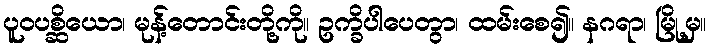
ပူဝပစ္ဆိယော၊ မုန့်တောင်းတို့ကို။ ဥက္ခိပါပေတွာ၊ ထမ်းစေ၍။ နဂရာ၊ မြို့မှ။